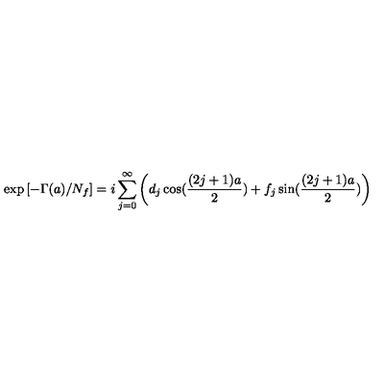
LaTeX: \exp \left[ - \Gamma ( a ) / N _ { f } \right] = i \sum _ { j = 0 } ^ { \infty } \left( d _ { j } \cos ( \frac { ( 2 j + 1 ) a } { 2 } ) + f _ { j } \sin ( \frac { ( 2 j + 1 ) a } { 2 } ) \right)